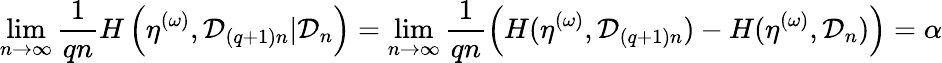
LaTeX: \operatorname*{lim}_{n\to\infty}\frac{1}{qn}H\left(\eta^{(\omega)},{\mathcal D}_{(q+1)n}|{\mathcal D}_{n}\right)=\operatorname*{lim}_{n\to\infty}\frac{1}{qn}\left(H(\eta^{(\omega)},{\mathcal D}_{(q+1)n})-H(\eta^{(\omega)},{\mathcal D}_{n})\right)=\alpha